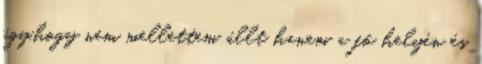
úgy,hogy nem mellettem állt hanem a fő helyén és